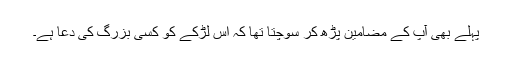
پہلے بھی آپ کے مضامین پڑھ کر سوچتا تھا کہ اس لڑکے کو کسی بزرگ کی دعا ہے۔